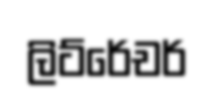
ලිට්රේචර්